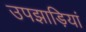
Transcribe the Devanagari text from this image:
उपझाड़ियां